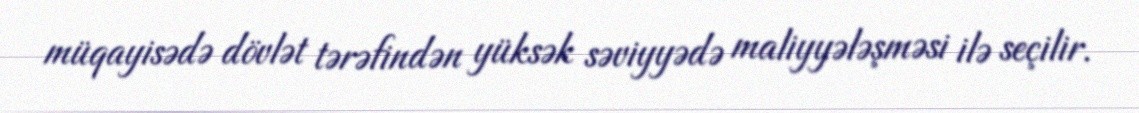
müqayisədə dövlət tərəfindən yüksək səviyyədə maliyyələşməsi ilə seçilir.